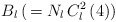
\begin{align*}B_l \, ( \, = N_l \, C_l^2 \left( 4 \right))\end{align*}